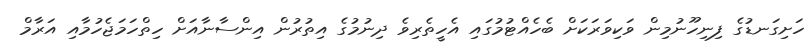
ހަށިގަނޑުގެ ފިނިހޫނުމިން ވަކިވަރަކަށް ބެހެއްޓުމުގައި އެހީތެރިވެ ދިނުމުގެ އިތުރުން އިންސާނާއަށް ހިތްހަމަޖެހުމާއި އަރާމް